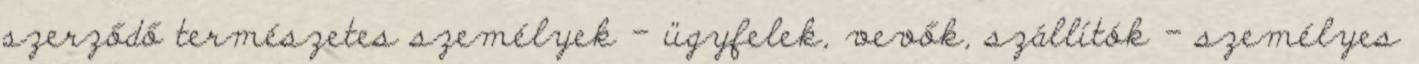
szerződő természetes személyek – ügyfelek, vevők, szállítók – személyes